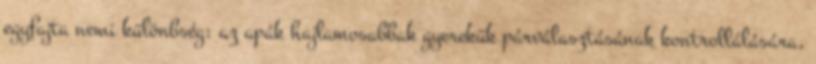
egyfajta nemi különbség: az apák hajlamosabbak gyerekük párválasztásának kontrollálására,